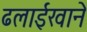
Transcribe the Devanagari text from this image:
ढलाईखाने